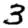
Digit: 3